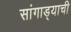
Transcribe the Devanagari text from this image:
सांगाड्याची